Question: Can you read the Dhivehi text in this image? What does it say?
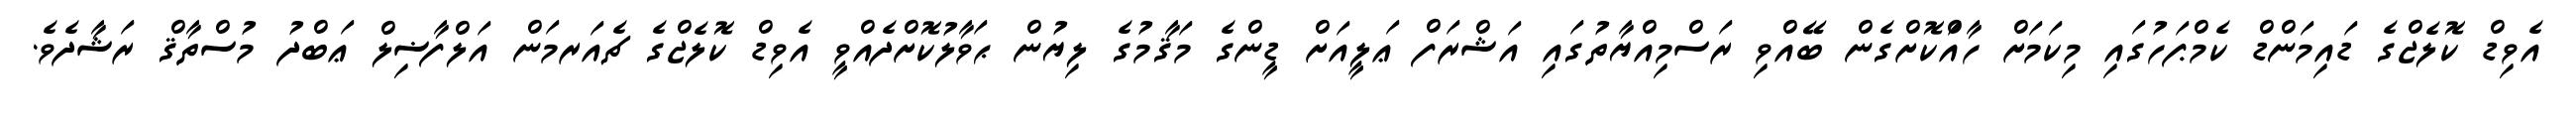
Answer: އެވިޑް ކޮލެޖްގެ ޑައިމަންޑް ކެމްޕަހުގައި މިކަމަށް ހާއްަކޮށްގެން ބޭއްވި ރަސްމިއްޔާތުގައި އަޝްރަފް ޢަލީއަށް ޑީންގެ މަޤާމުގެ ލިޔުން ޙަވާލުކޮށްދެއްވީ އެވިޑް ކޮލެޖްގެ ޗެއަރމަން އަލްފާޟިލް ޢަބްދު މުސްތާޤް ރަޝާދެވެ.